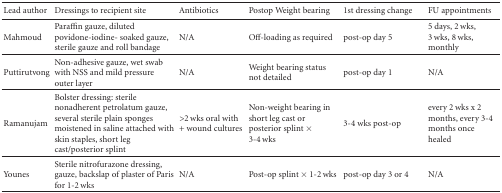
| Lead author | Dressings to recipient site | Antibiotics | Postop Weight bearing | 1st dressing change | FU appointments |
 | --- | --- | --- | --- | --- | --- |
 | Mahmoud | Paraffin gauze, diluted povidone-iodine- soaked gauze, sterile gauze and roll bandage | N/A | Off-loading as required | post-op day 5 | 5 days, 2 wks, 3 wks, 8 wks, monthly |
 | Puttirutvong | Non-adhesive gauze, wet swab with NSS and mild pressure outer layer | N/A | Weight bearing status not detailed | post-op day 1 | N/A |
 | Ramanujam | Bolster dressing: sterile nonadherent petrolatum gauze, several sterile plain sponges moistened in saline attached with skin staples, short leg cast/posterior splint | >2 wks oral with + wound cultures | Non-weight bearing in short leg cast or posterior splint × 3-4 wks | 3-4 wks post-op | every 2 wks x 2 months, every 3-4 months once healed |
 | Younes | Sterile nitrofurazone dressing, gauze, backslap of plaster of Paris for 1-2 wks | N/A | Post-op splint × 1-2 wks | post-op day 3 or 4 | N/A |